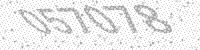
Solution: 057078